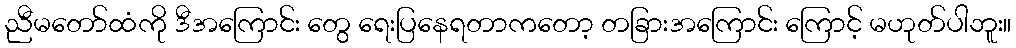
ညီမတော်ထံကို ဒီအကြောင်း တွေ ရေးပြနေရတာကတော့ တခြားအကြောင်း ကြောင့် မဟုတ်ပါဘူး။